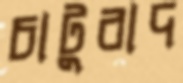
চাটুবাদ